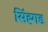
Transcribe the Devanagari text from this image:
सिंह्गड